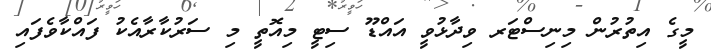
މީގެ އިތުރުން މިނިސްޓަރ ވިދާޅުވީ އައްޑޫ ސިޓީ މިއޮތީ މި ސަރުކާރާއެކު ފައްކާވެފައި